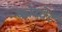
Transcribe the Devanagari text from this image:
कोरवेट